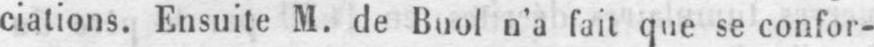
ciations. Ensuite M. de Buol n’a fait que se confor-